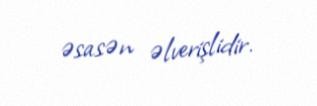
əsasən əlverişlidir.